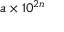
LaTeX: a \times 1 0 ^ { 2 n }